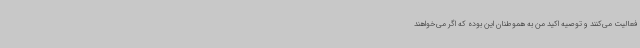
فعالیت می‌کنند و توصیه اکید من به هموطنان این بوده که اگر می‌خواهند